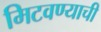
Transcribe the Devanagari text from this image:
मिटवण्याची